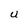
Character: U